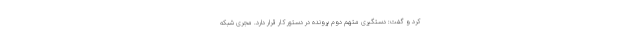
کرد و گفت: دستگیری متهم دوم پرونده در دستور کار قرار دارد. مجری شبکه